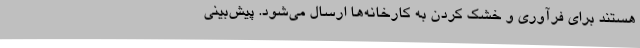
هستند برای فرآوری و خشک کردن به کارخانه‌ها ارسال می‌شود. پیش‌بینی